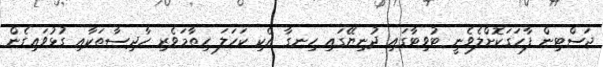
ޖަސްޓިން ފާހަގަކޮށްލެވެނީ ޓުވިޓާގައި ދުނިޔޭގައި ހިނގާ އެކި ކަހަލަ ހިތާމަވެރި ހާދިސާތަކާއި ގުޅުވައިގެން